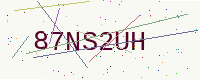
Text: 87NS2UH